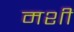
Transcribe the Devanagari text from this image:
मशीं